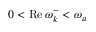
0 < \operatorname { R e } \omega _ { k } ^ { - } < \omega _ { a }